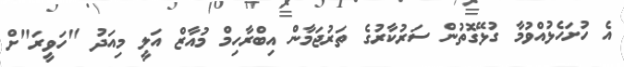
އެ ހުށަހެޅުއްވުމާ ގުޅޭގޮތުން ސަރުކާރުގެ ތަރުޖަމާން އިބްރާހިމް މުއާޒް އަލީ މިއަދު "ހަވީރަ"ށް